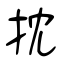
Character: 抌